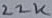
Text: 22K